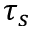
\tau _ { s }